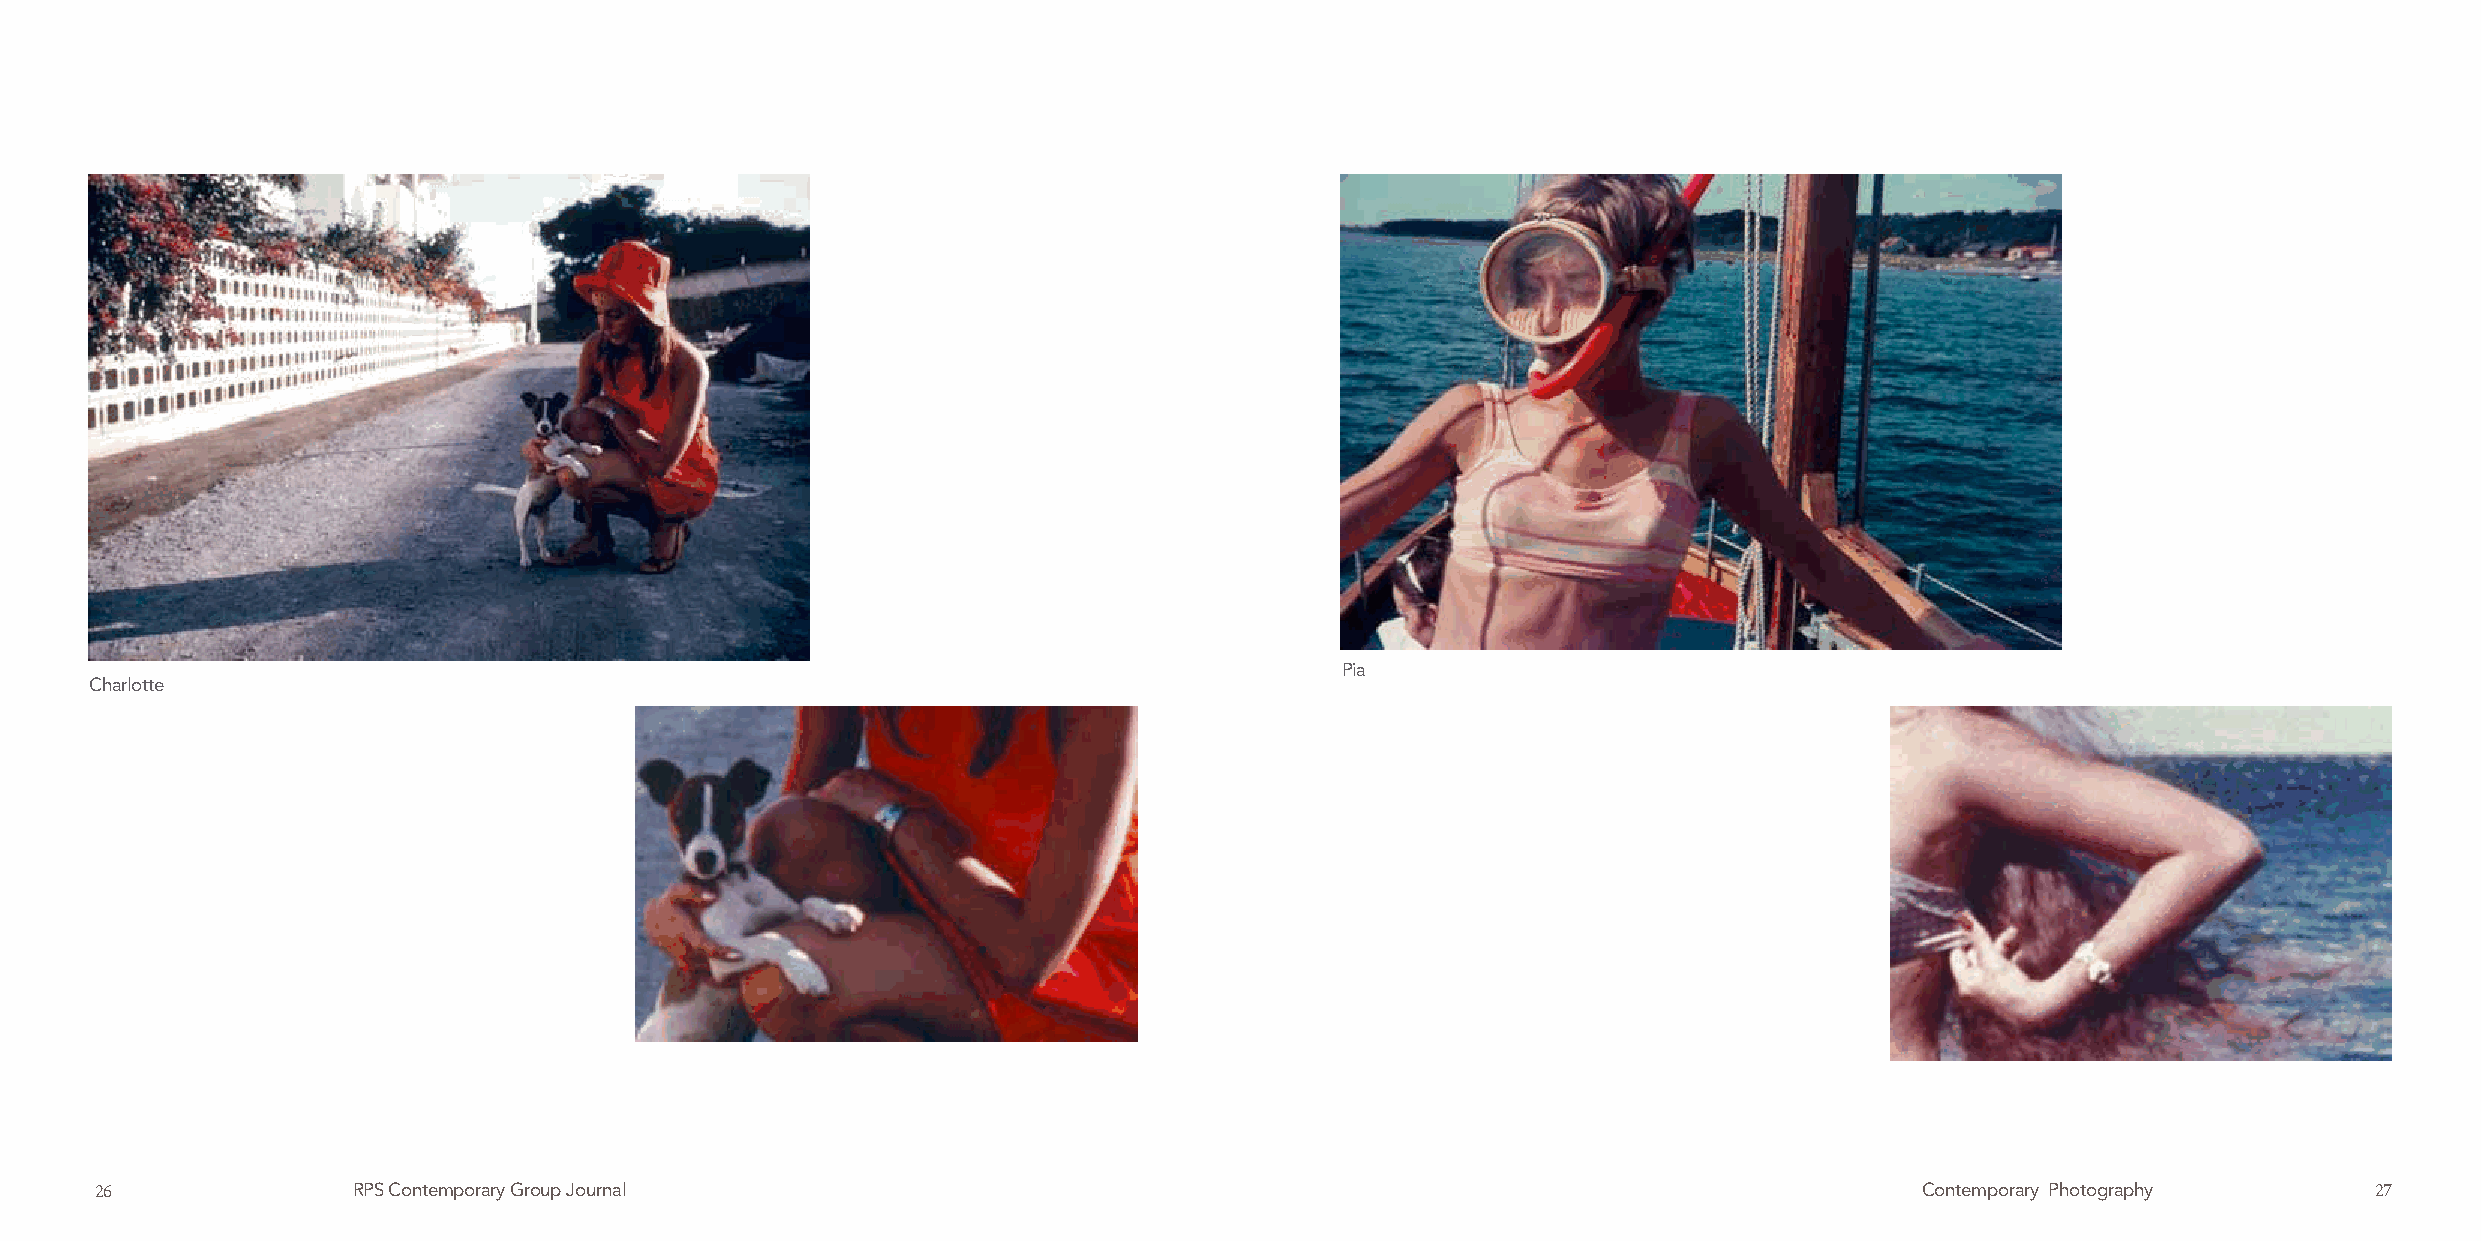
Pia
 Charlotte
 26               RPS Contemporary Group Journal                                                                          Contemporary Photography      27